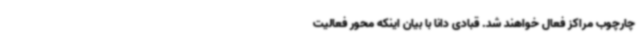
چارچوب مراکز فعال خواهند شد. قبادی دانا با بیان اینکه محور فعالیت